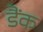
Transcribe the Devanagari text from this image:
डैंक